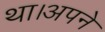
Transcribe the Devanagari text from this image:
था।अपने